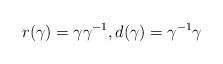
LaTeX: \begin{align*}r(\gamma) = \gamma \gamma^{-1}, d(\gamma) = \gamma^{-1} \gamma\end{align*}